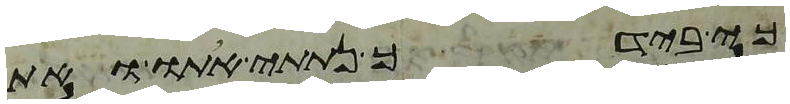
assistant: כי בידך נתתי אתו ואת